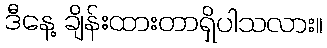
ဒီနေ့ ချိန်းထားတာရှိပါသလား။